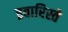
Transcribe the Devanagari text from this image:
इवारिस्ते